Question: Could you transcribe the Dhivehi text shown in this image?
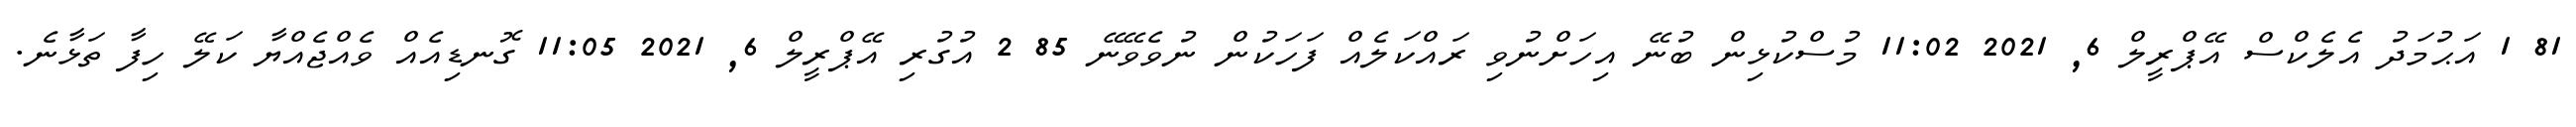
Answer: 81 1 އަޙުމަދު އެލެކްސް އޭޕްރީލް 6, 2021 11:02 މުސްކުޅިން ބުނޭ އިހަށްނުވި ރައްކަލެއް ފަހަކުން ނުވެވޭނޭ 85 2 އުގުރި އޭޕްރީލް 6, 2021 11:05 ގޮނޑިއެއް ވެއްޖެއްޔާ ކަލޭ ހިފާ ތަޅާނެ.